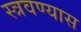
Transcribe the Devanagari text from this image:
स्त्रवण्यास